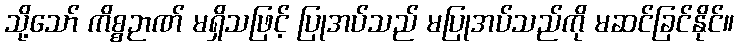
သို့သော် ကိစ္စဉာဏ် မရှိသဖြင့် ပြုအပ်သည် မပြုအပ်သည်ကို မဆင်ခြင်နိုင်။